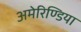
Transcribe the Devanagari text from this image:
अमेरिण्डिया